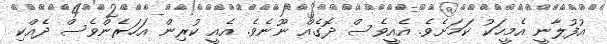
އުފުލާނީ އެމީހަކު ކަމަށެވެ. އެއީވެސް ދޮގެއް ނޫނެވެ. އެއީ ކުރިން އަހަރެންވެސް ދެއްކި